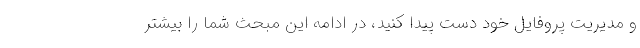
و مدیریت پروفایل خود دست پیدا کنید، در ادامه این مبحث شما را بیشتر